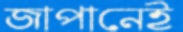
জাপানেই